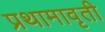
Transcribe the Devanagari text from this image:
प्रथामावृती